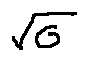
\sqrt { G }